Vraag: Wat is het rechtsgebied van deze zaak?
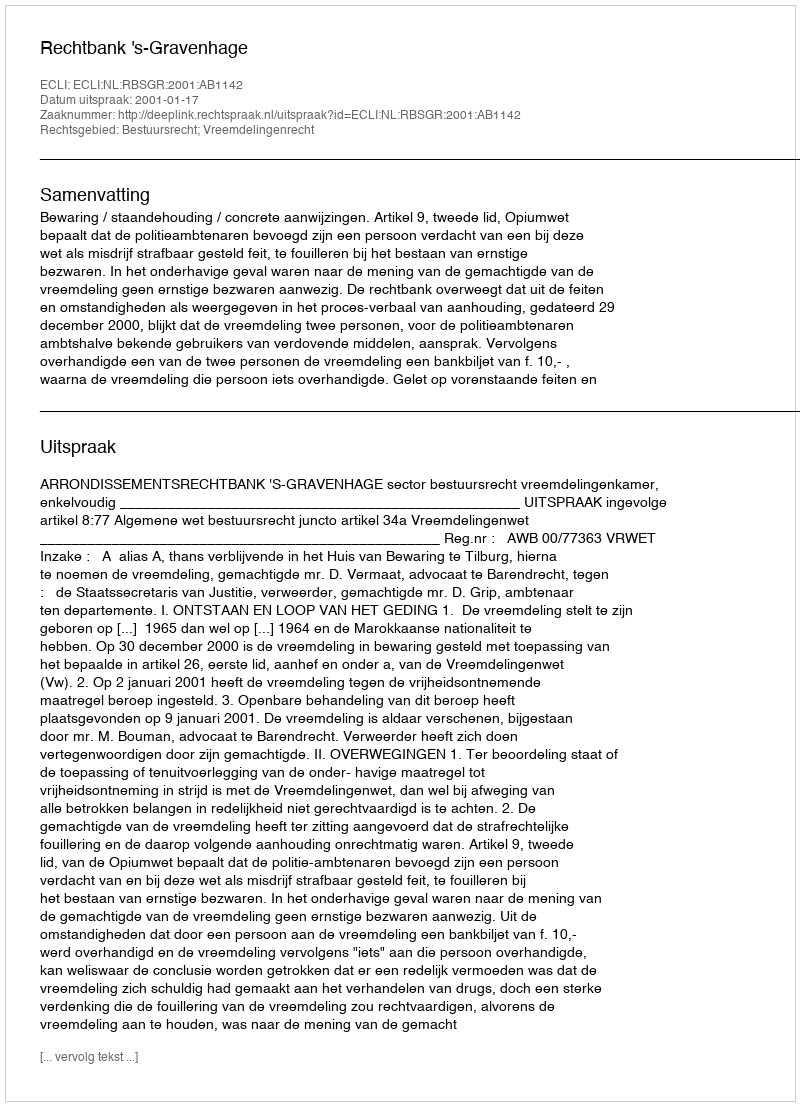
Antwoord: Bestuursrecht; Vreemdelingenrecht